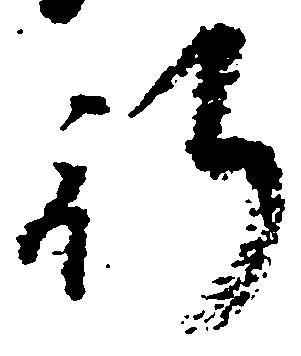
行